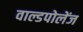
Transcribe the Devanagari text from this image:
वाल्डपोलेंज